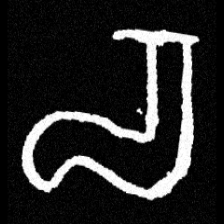
Pyu character \u2014 Myanmar letter: စ (romanized: ca)